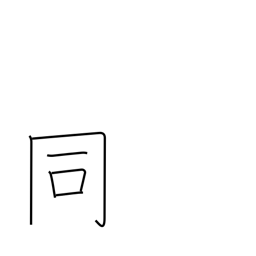
Meaning: same